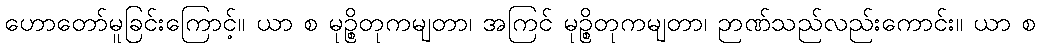
ဟောတော်မူခြင်းကြောင့်။ ယာ စ မုဉ္စိတုကမျတာ၊ အကြင် မုဉ္စိတုကမျတာ၊ ဉာဏ်သည်လည်းကောင်း။ ယာ စ